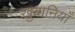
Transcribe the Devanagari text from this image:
ख़ुबानियाँ